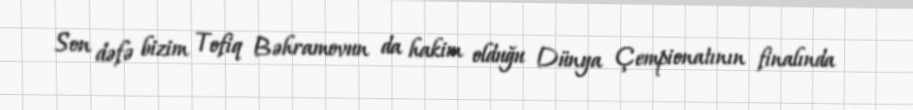
Son dəfə bizim Tofiq Bəhramovun da hakim olduğu Dünya Çempionatının finalında